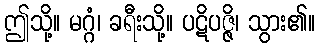
ဤသို့။ မဂ္ဂံ၊ ခရီးသို့။ ပဋိပဇ္ဇိ၊ သွား၏။